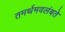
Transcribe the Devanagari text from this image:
तमर्थमवलंबते